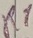
Text: R1